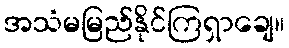
အသံမမြည်နိုင်ကြရှာချေ။